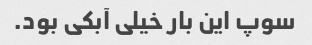
سوپ این بار خیلی آبکی بود.